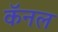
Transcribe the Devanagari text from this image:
कॅनल